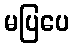
မပြပေ